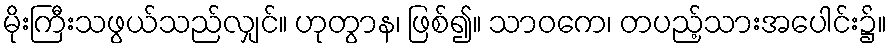
မိုးကြီးသဖွယ်သည်လျှင်။ ဟုတွာန၊ ဖြစ်၍။ သာဝကေ၊ တပည့်သားအပေါင်း၌။